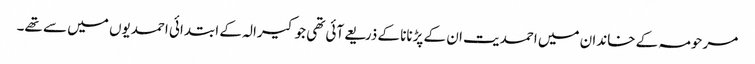
مرحومہ کے خاندان میں احمدیت ان کے پڑنانا کے ذریعےآئی تھی جو کیرالہ کے ابتدائی احمدیوں میں سے تھے۔